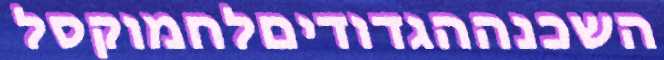
השכנההגדודיםלחמוקסל